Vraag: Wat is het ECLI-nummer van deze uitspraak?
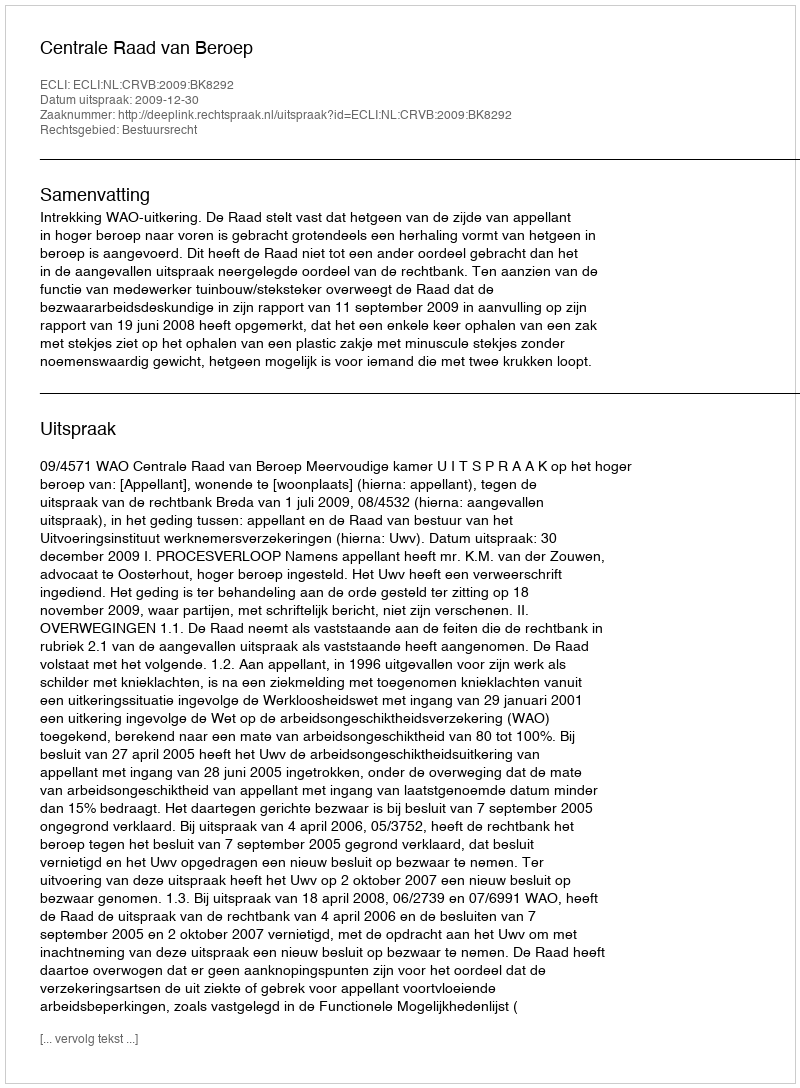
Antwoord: ECLI:NL:CRVB:2009:BK8292